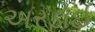
અરડોઈ